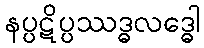
နပ္ပဋိပ္ပဿဒ္ဓလဒ္ဓေါ